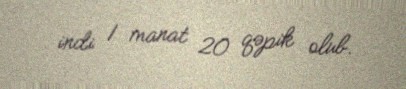
indi 1 manat 20 qəpik olub.